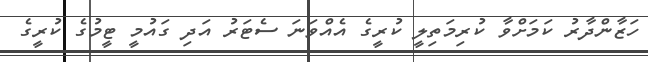
ހަޒާންދާރު ކަމަށްވާ ކުރިމަތިލީ ކުރީގެ އެއްވަނަ ސެޓަރު އަދި ގައުމީ ޓީމުގެ ކުރީގެ